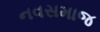
નવસમાજ